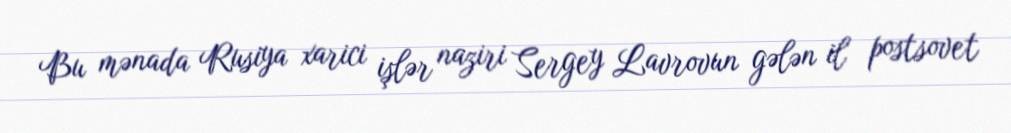
Bu mənada Rusiya xarici işlər naziri Sergey Lavrovun gələn il postsovet